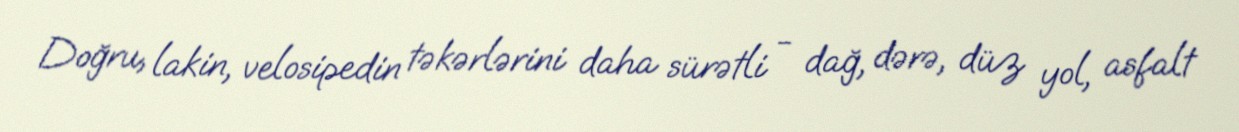
Doğru, lakin, velosipedin təkərlərini daha sürətli - dağ, dərə, düz yol, asfalt